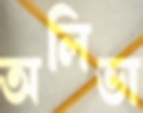
অলিভা